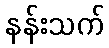
နန်းသက်